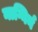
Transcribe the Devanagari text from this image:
नाग्निर्न